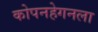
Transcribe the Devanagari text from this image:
कोपनहेगनला